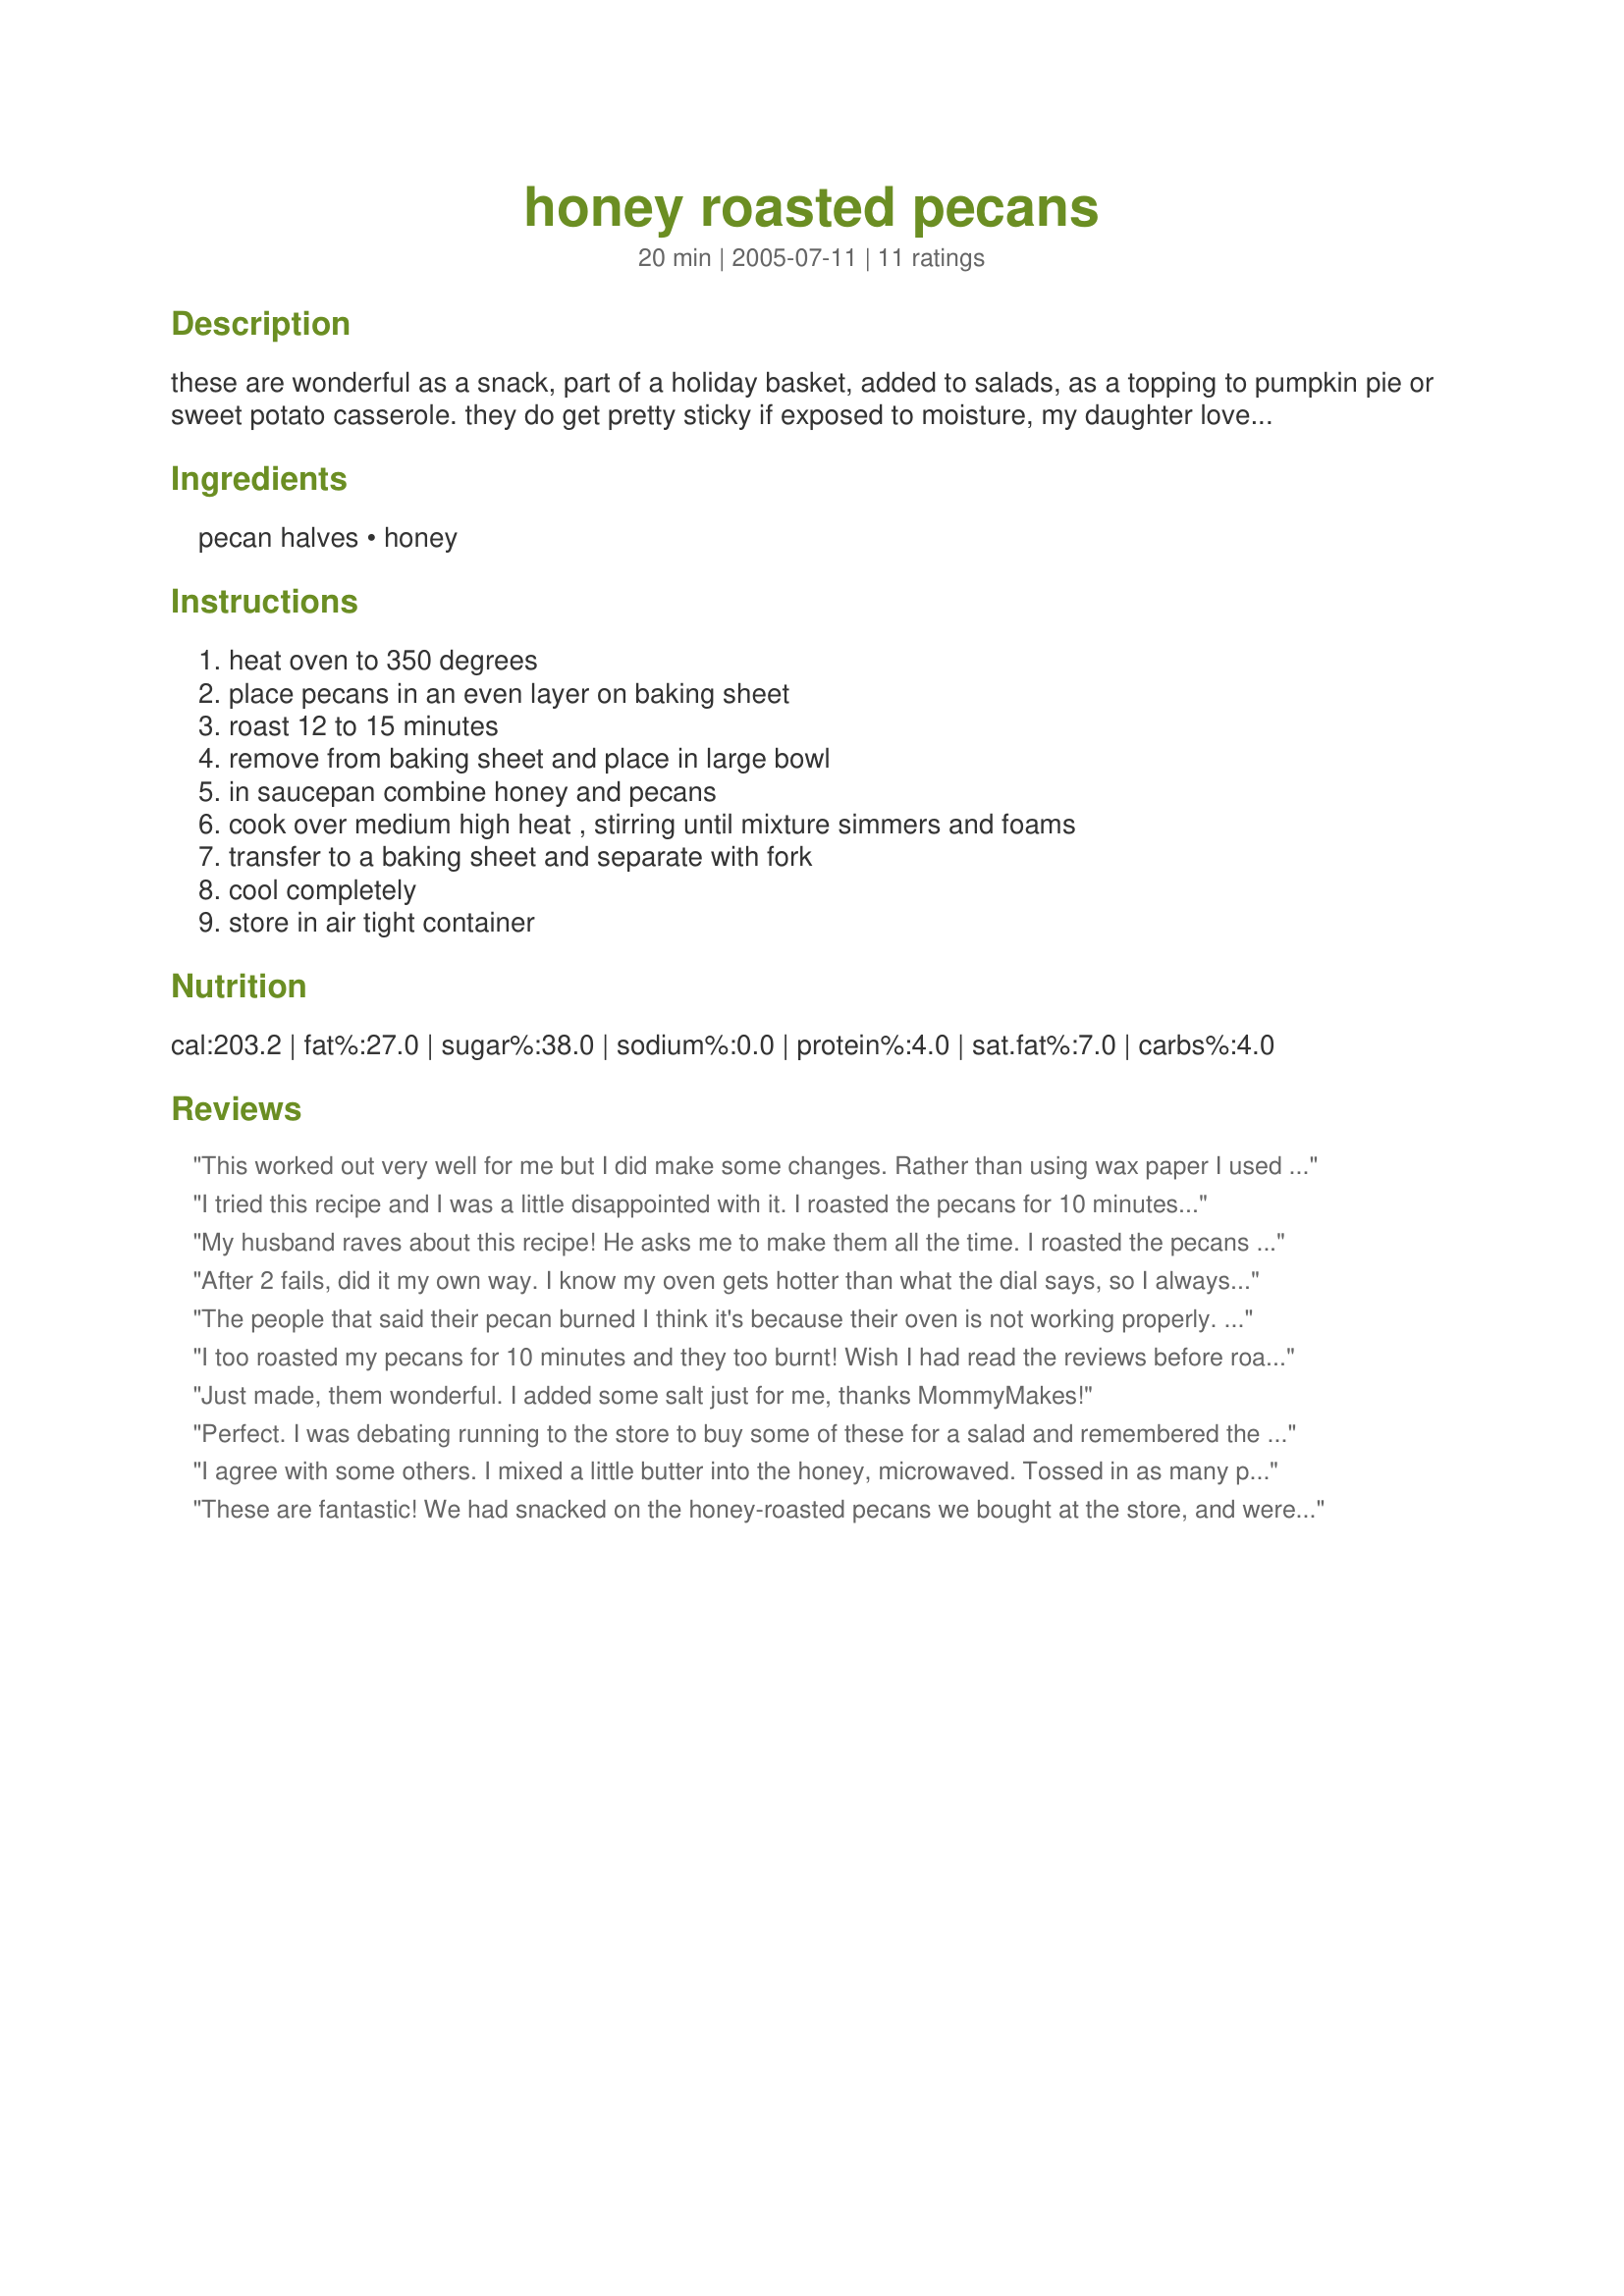
honey roasted pecans
Preparation time: 20 minutes

these are wonderful as a snack, part of a holiday basket, added to salads, as a topping to pumpkin pie or sweet potato casserole. they do get pretty sticky if exposed to moisture, my daughter loves them and calls them "sticky nuts." they are highly addictive, make a lot!

Ingredients:
pecan halves, honey

Steps:
heat oven to 350 degrees, place pecans in an even layer on baking sheet, roast 12 to 15 minutes, remove from baking sheet and place in large bowl, in saucepan combine honey and pecans, cook over medium high heat , stirring until mixture simmers and foams, transfer to a baking sheet and separate with fork, cool completely, store in air tight container

Reviews:
This worked out very well for me but I did make some changes. Rather than using wax paper I used my Silpats, this allowed me to lift the nuts off without any paper sticking to them. I made two batches of honey and two of maple syrup. On my last batch I found that rather than unloading the pan right way once the water is driven off, I kept stirring the nuts with the pan off the heat the, sugar starts to set and the nuts stay seperated. The last batch also had the look of the honey roasted nuts you may purchase. As far as roasting the nuts I roasted them for 15 minutes but I rotated the pans and moved them from the top shelf to the bottom half way through.
I tried this recipe and I was a little disappointed with it. I roasted the pecans for 10 minutes at 350 and they burned. The recipe calls to roast them for 12-15 minutes at 350. I think the roasting time should be 5 minutes at the most.
My husband raves about this recipe! He asks me to make them all the time. I roasted the pecans almost the full time the first time and it was a little too long. The second time I roasted them for the minimum and they were amazing. I also did not use wax paper I just rubbed butter across the pan to allow them to cool with out sticking! Worked great! I will continue to make this simple, awesome and tasty recipe!
After 2 fails, did it my own way. I know my oven gets hotter than what the dial says, so I always pre heat it and check it with an accurate thermometer before use. First time I got it to exactly 350 and put in pecans for 10 minutes. Pretty much turned to black with and ashey center. Like eating a burned match head. Tried again for only 5 minutes at about 295. Still inedible. So I reasoned why even do this if you're going to cook them in honey afterwards. Pecans are delicious right out of the shell anyway. So I took some and just cooked them in honey. Turned out pretty good, but not near as thickly coated or crisp as the ones from the store. I think the reason for that is the ones from the store list sugar as the first ingredient, which I was trying to avoid by making my own. I always thought honey was supposed to be far superior to sugar nutrient - wise bu after some reading found out it's not. The only advantage is it MAY help with allergies and is sweeter than sugar so you should need less. As far as calories and blood sugar reaction, it's about the same. As a result I've stopped using so much of it now. I hate it when you find out all these health food fads turn out to be bogus hype. Coconut oil is another one. It's a saturated fat. My doc says avoid it until some real proof of benefit is determined.
The people that said their pecan burned I think it's because their oven is not working properly. I have done this recipe at least 3 times and never burned my pecans and I leave them in there from the beginning before preheat for 12 minutes and it comes out perfect! I use foil to put it in the oven and use the same foil for cooling, no wax paper.
I too roasted my pecans for 10 minutes and they too burnt! Wish I had read the reviews before roasting and subsequently burning my $9.00/lb pecans. I agree with 5 minutes!
Just made, them wonderful. I added some salt just for me, thanks MommyMakes!
Perfect. I was debating running to the store to buy some of these for a salad and remembered the bag of chopped pecans in the freezer. I followed the recipe exactly stirring (and checking) every few minutes. They came out perfect and the time was just right for my oven. I think stirring is the key and I followed a tip in a review and skipped the wax paper. I transferred the pecans to a plate to cool and used a wooden spoon to separate the big pieces where they stuck together. Thanks for saving a trip to the store and they are so much better.
I agree with some others. I mixed a little butter into the honey, microwaved. Tossed in as many pecans into the bowl as the mixture needed. Lightly salted, they did need a little salt. Then roasted for 10 minutes, stirring once. Perfect!
These are fantastic! We had snacked on the honey-roasted pecans we bought at the store, and were out. I googled and found this recipe. They were great in our salad...

The only problem we ran into was that they STUCK to the waxed paper, and when we peeled them off they had paper on them. I might try putting a little butter in with the honey.
Love it! Try it with pure maple syrup. It's just as tasty and a lot less messy.
